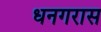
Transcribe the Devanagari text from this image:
धनगरास